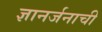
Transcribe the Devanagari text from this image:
ज्ञानर्जनाची